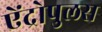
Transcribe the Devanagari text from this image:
ऐंद्रोपुलस